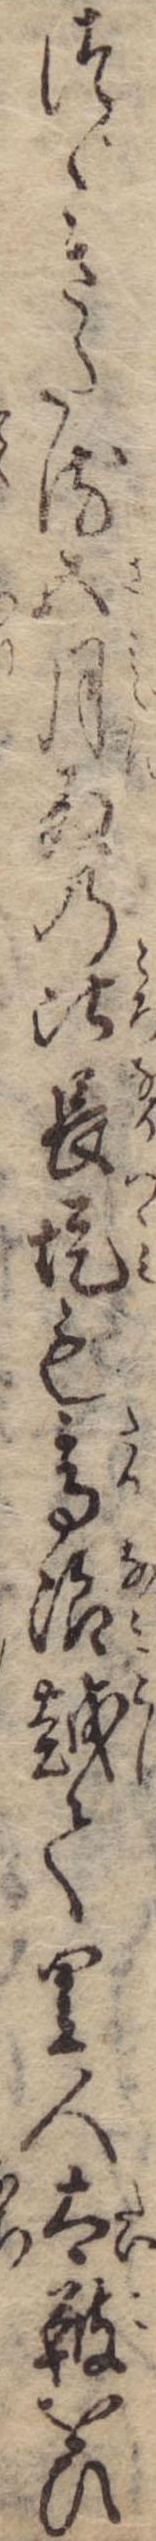
つゞきたる五月雨の比長堤も高浪越て里人太鼓をひ